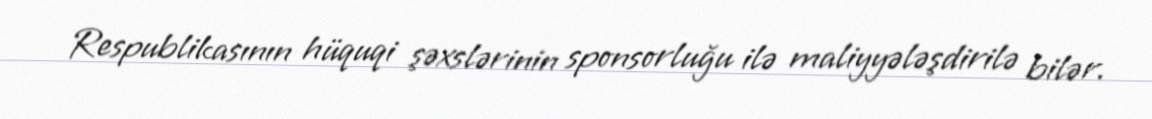
Respublikasının hüquqi şəxslərinin sponsorluğu ilə maliyyələşdirilə bilər.